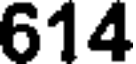
614